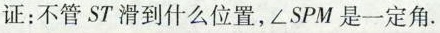
证：不管ST滑到什么位置，∠SPM是一定角。